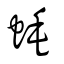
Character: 蚝